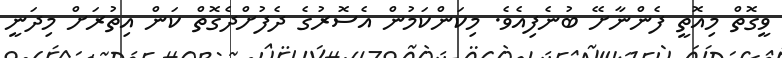
ވީގޮތް މިއޮތީ ފެންނާށޭ ބުނެފިއެވެ. މިކަންކަމުން އެސޮރުގެ ދެފުށްދެގޮތް ކަން އިތުރަށް މިދަނީ